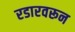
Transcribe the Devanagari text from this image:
रडारवरून